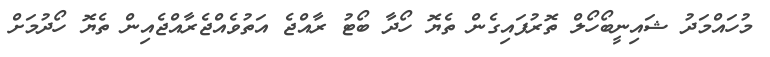
މުހައްމަދު ޝައިނީބޯހޯލް ތޮރުފައިގެން ތެޔޮ ހޯދާ ބޯޓު ރާއްޖެ އަތުވެއްޖެރާއްޖެއިން ތެޔޮ ހޯދުމަށް